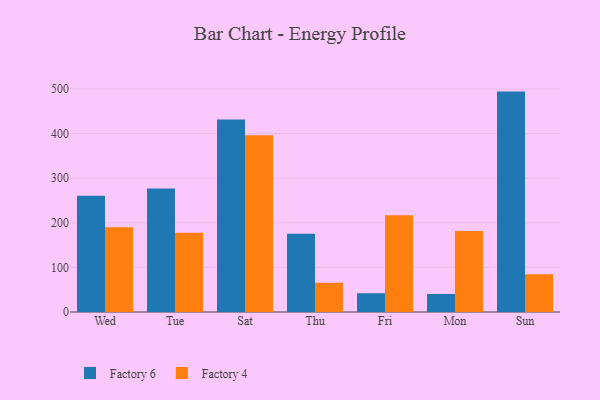
{"axis": {"x": "Day", "y": "Humidity (%)"}, "legend": ["Factory 4", "Factory 6"], "data": [{"x": "Wed", "y": 260.4, "type": "Factory 6"}, {"x": "Wed", "y": 190.3, "type": "Factory 4"}, {"x": "Tue", "y": 277.0, "type": "Factory 6"}, {"x": "Tue", "y": 177.9, "type": "Factory 4"}, {"x": "Sat", "y": 431.7, "type": "Factory 6"}, {"x": "Sat", "y": 396.3, "type": "Factory 4"}, {"x": "Thu", "y": 175.2, "type": "Factory 6"}, {"x": "Thu", "y": 65.5, "type": "Factory 4"}, {"x": "Fri", "y": 42.1, "type": "Factory 6"}, {"x": "Fri", "y": 216.8, "type": "Factory 4"}, {"x": "Mon", "y": 40.4, "type": "Factory 6"}, {"x": "Mon", "y": 181.8, "type": "Factory 4"}, {"x": "Sun", "y": 494.2, "type": "Factory 6"}, {"x": "Sun", "y": 84.5, "type": "Factory 4"}]}